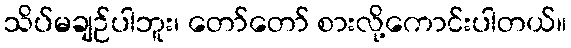
သိပ်မချဉ်ပါဘူး၊ တော်တော် စားလို့ကောင်းပါတယ်။